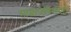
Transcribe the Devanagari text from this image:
साम्राज्यविस्तारातून